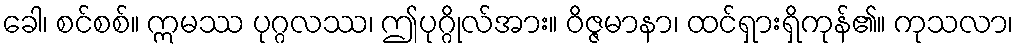
ခေါ၊ စင်စစ်။ ဣမဿ ပုဂ္ဂလဿ၊ ဤပုဂ္ဂိုလ်အား။ ဝိဇ္ဇမာနာ၊ ထင်ရှားရှိကုန်၏။ ကုသလာ၊